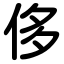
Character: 侈